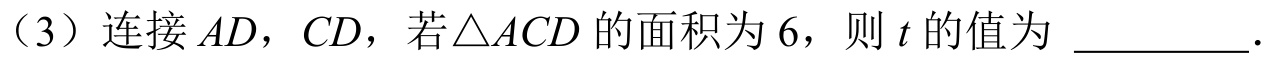
（3）连接 \(AD\)，\(CD\)，若\(\triangle ACD\) 的面积为 \(6\)，则 \(t\) 的值为 \(\underline{\quad\quad}\).